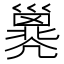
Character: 𢀇